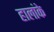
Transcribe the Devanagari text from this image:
हालांके